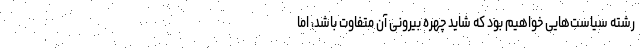
رشته سیاست‌هایی خواهیم بود که شاید چهره بیرونی آن متفاوت باشد، اما